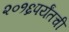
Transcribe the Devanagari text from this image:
२०१६पर्यंतची